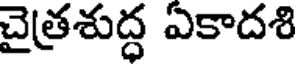
చైత్రశుద్ధ ఎకాదశి